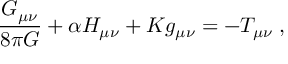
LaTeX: \frac { G _ { \mu \nu } } { 8 \pi G } + \alpha H _ { \mu \nu } + K g _ { \mu \nu } = - T _ { \mu \nu } \; ,